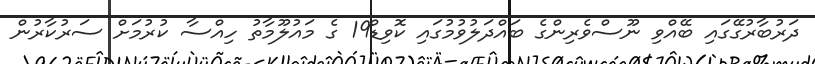
ދަރުބާރުގޭގައި ބޭއްވި ނޫސްވެރިންގެ ބައްދަލުވުމުގައި ކޮވިޑް19 ގެ މައުލޫމާތު ހިއްސާ ކުރުމަށް ސަރުކާރުން